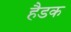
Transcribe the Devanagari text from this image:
हैडक